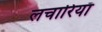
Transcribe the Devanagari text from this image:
लचारियाँ